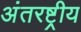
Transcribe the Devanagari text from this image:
अंतरष्ट्रीय